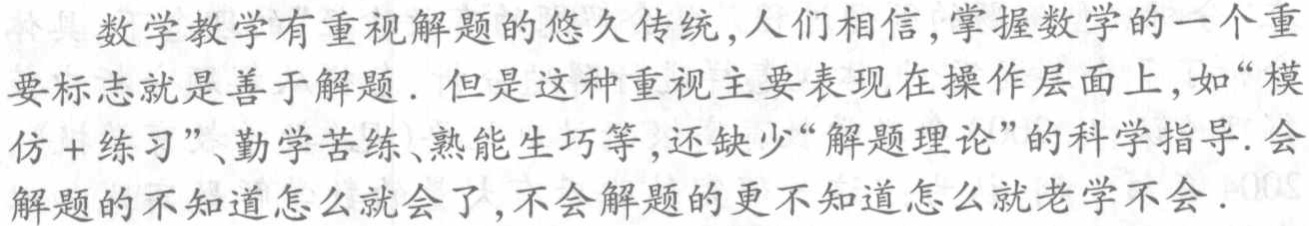
数学教学有重视解题的悠久传统,人们相信,掌握数学的一个重要标志就是善于解题. 但是这种重视主要表现在操作层面上,如“模仿+练习”、勤学苦练、熟能生巧等,还缺少“解题理论”的科学指导.会解题的不知道怎么就会了,不会解题的更不知道怎么就老学不会.